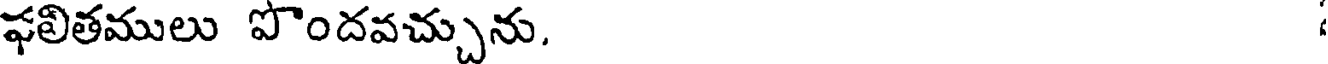
ఫలితములు పొందవచ్చును.